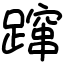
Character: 蹿